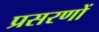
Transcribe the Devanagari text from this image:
प्रसरणों